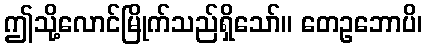
ဤသို့လောင်မြိုက်သည်ရှိသော်။ တေဥဘောပိ၊